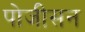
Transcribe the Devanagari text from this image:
पोजीसन